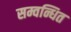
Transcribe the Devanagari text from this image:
सम्वन्धित